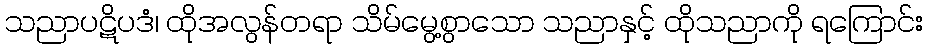
သညာပဋိပဒံ၊ ထိုအလွန်တရာ သိမ်မွေ့စွာသော သညာနှင့် ထိုသညာကို ရကြောင်း